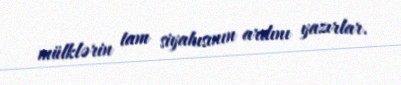
mülklərin tam siyahısının ardını yazırlar.